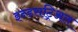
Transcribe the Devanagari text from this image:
इन्डसट्रिअल